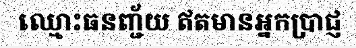
ឈ្មោះធនញ្ជ័យ ឥតមានអ្នកប្រាជ្ញ